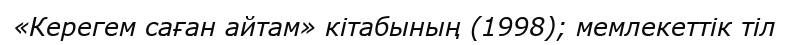
«Керегем саған айтам» кітабының (1998); мемлекеттік тіл